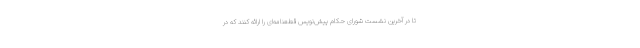
تا در آخرین نشست شورای حکام پیش‌نویس قطعنامه‌ای را ارائه کنند که در